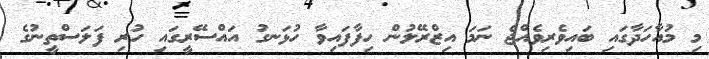
މި މުއާހަދާގައި ބައިވެރިވެއްޖެ ނަމަ އިޒްރޭލުން ހިފާފައިވާ ހުޅަނގު އައްސޭރީގައި ހުރި ފަލަސްތީނުގެ